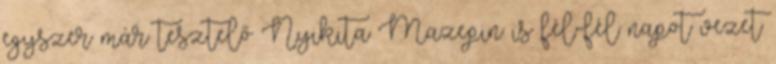
egyszer már tesztelő Nyikita Mazepin is fél-fél napot vezet